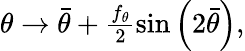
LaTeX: \begin{array}{r}{\theta\rightarrow\bar{\theta}+\frac{f_{\theta}}{2}\sin\left(2\bar{\theta}\right),}\end{array}